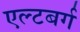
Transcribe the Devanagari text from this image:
एल्टबर्ग